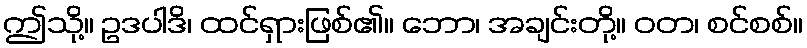
ဤသို့။ ဥဒပါဒိ၊ ထင်ရှားဖြစ်၏။ ဘော၊ အချင်းတို့။ ဝတ၊ စင်စစ်။